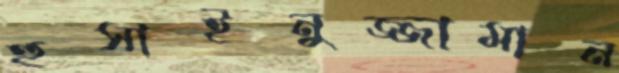
হুসাইনুজ্জামান